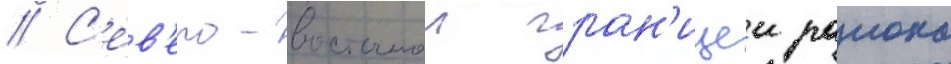
// С'ев'еро-восточнои гран'ицеи раиона